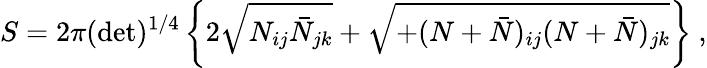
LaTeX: S=2\pi(\operatorname*{det})^{1/4}\left\{ 2\sqrt{N_{ij}\bar{N}_{jk}}+\sqrt{+(N+\bar{N})_{ij}(N+\bar{N})_{jk}}\right\} \ ,